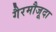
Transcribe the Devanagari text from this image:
गैरमौजूदा